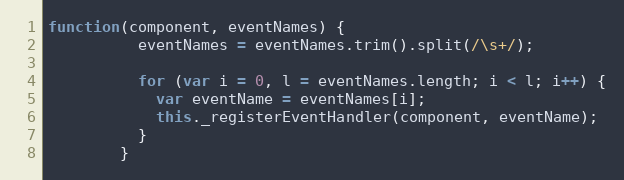
Language: JavaScript
function(component, eventNames) {
          eventNames = eventNames.trim().split(/\s+/);

          for (var i = 0, l = eventNames.length; i < l; i++) {
            var eventName = eventNames[i];
            this._registerEventHandler(component, eventName);
          }
        }